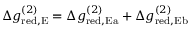
\begin{array} { r } { \Delta g _ { \mathrm { r e d , E } } ^ { ( 2 ) } = \Delta g _ { \mathrm { r e d , E a } } ^ { ( 2 ) } + \Delta g _ { \mathrm { r e d , E b } } ^ { ( 2 ) } } \end{array}